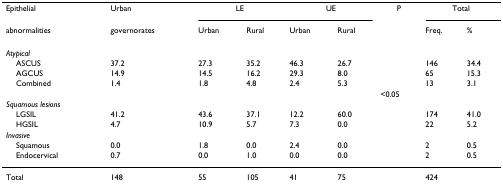
<table><thead><tr><td><b>Epithelial</b></td><td><b>Urban</b></td><td colspan="2"><b>LE</b></td><td colspan="2"><b>UE</b></td><td><b>P</b></td><td colspan="2"><b>Total</b></td></tr><tr><td><b>abnormalities</b></td><td><b>governorates</b></td><td><b>Urban</b></td><td><b>Rural</b></td><td><b>Urban</b></td><td><b>Rural</b></td><td></td><td><b>Freq.</b></td><td><b>%</b></td></tr></thead><tbody><tr><td><i>Atypical</i></td><td></td><td></td><td></td><td></td><td></td><td></td><td></td><td></td></tr><tr><td> ASCUS</td><td>37.2</td><td>27.3</td><td>35.2</td><td>46.3</td><td>26.7</td><td></td><td>146</td><td>34.4</td></tr><tr><td> AGCUS</td><td>14.9</td><td>14.5</td><td>16.2</td><td>29.3</td><td>8.0</td><td></td><td>65</td><td>15.3</td></tr><tr><td> Combined</td><td>1.4</td><td>1.8</td><td>4.8</td><td>2.4</td><td>5.3</td><td></td><td>13</td><td>3.1</td></tr><tr><td></td><td></td><td></td><td></td><td></td><td></td><td>&lt;0.05</td><td></td><td></td></tr><tr><td><i>Squamous lesions</i></td><td></td><td></td><td></td><td></td><td></td><td></td><td></td><td></td></tr><tr><td> LGSIL</td><td>41.2</td><td>43.6</td><td>37.1</td><td>12.2</td><td>60.0</td><td></td><td>174</td><td>41.0</td></tr><tr><td> HGSIL</td><td>4.7</td><td>10.9</td><td>5.7</td><td>7.3</td><td>0.0</td><td></td><td>22</td><td>5.2</td></tr><tr><td><i>Invasive</i></td><td></td><td></td><td></td><td></td><td></td><td></td><td></td><td></td></tr><tr><td> Squamous</td><td>0.0</td><td>1.8</td><td>0.0</td><td>2.4</td><td>0.0</td><td></td><td>2</td><td>0.5</td></tr><tr><td> Endocervical</td><td>0.7</td><td>0.0</td><td>1.0</td><td>0.0</td><td>0.0</td><td></td><td>2</td><td>0.5</td></tr><tr><td>Total</td><td>148</td><td>55</td><td>105</td><td>41</td><td>75</td><td></td><td>424</td><td></td></tr></tbody></table>